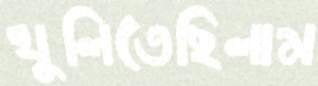
খুলিতেছিলাম